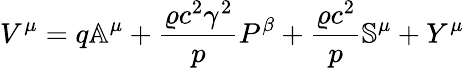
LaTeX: V^{\mu}=q\mathbb{A}^{\mu}+\frac{\varrho c^{2}\gamma^{2}}{p}P^{\beta}+\frac{\varrho c^{2}}{p}\mathbb{S}^{\mu}+Y^{\mu}